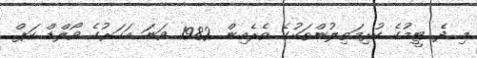
މި ދެ ޓީމުގެ ކުރިމަތިލުންތަކުގެ ތެރެއިން 1982 ވަނަ އަހަރުގެ ވޯލްޑް ކަޕް